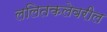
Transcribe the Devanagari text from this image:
ललितकलेवरील